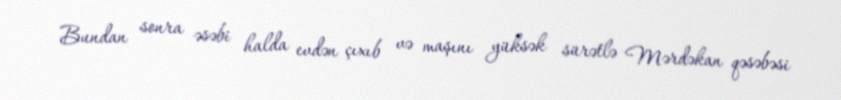
Bundan sonra əsəbi halda evdən çıxıb və maşını yüksək sürətlə Mərdəkan qəsəbəsi